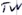
Text: TW